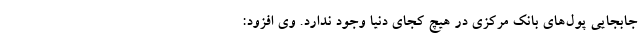
جابجایی پول‌های بانک مرکزی در هیچ کجای دنیا وجود ندارد. وی افزود: